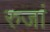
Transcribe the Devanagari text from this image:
रुजां